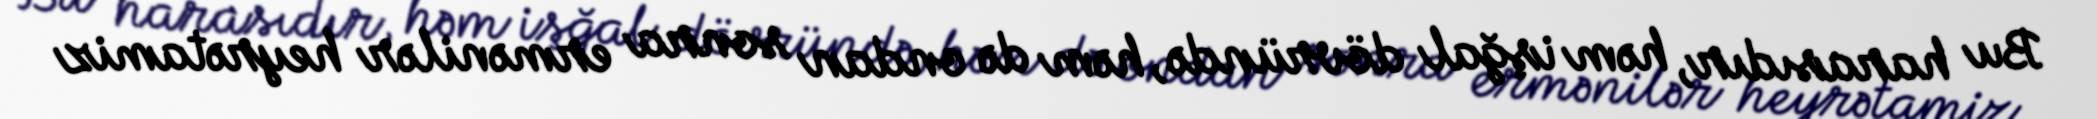
Bu harasıdır, həm işğal dövründə, həm də ondan sonra ermənilər heyrətamiz